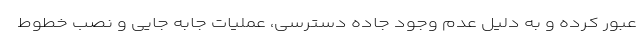
عبور کرده و به دلیل عدم وجود جاده دسترسی، عملیات جابه جایی و نصب خطوط